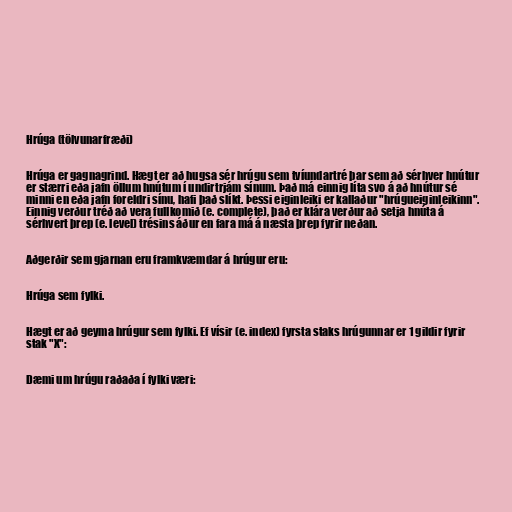
Hrúga (tölvunarfræði)

Hrúga er gagnagrind. Hægt er að hugsa sér hrúgu sem tvíundartré þar sem að sérhver hnútur
er stærri eða jafn öllum hnútum í undirtrjám sínum. Það má einnig líta svo á að hnútur sé
minni en eða jafn foreldri sínu, hafi það slíkt. Þessi eiginleiki er kallaður "hrúgueiginleikinn".
Einnig verður tréð að vera fullkomið (e. complete), það er klára verður að setja hnúta á
sérhvert þrep (e. level) trésins áður en fara má á næsta þrep fyrir neðan.

Aðgerðir sem gjarnan eru framkvæmdar á hrúgur eru:

Hrúga sem fylki.

Hægt er að geyma hrúgur sem fylki. Ef vísir (e. index) fyrsta staks hrúgunnar er 1 gildir fyrir
stak "X":

Dæmi um hrúgu raðaða í fylki væri: